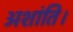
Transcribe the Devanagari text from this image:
अशांति।